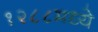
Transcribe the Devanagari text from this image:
१२८८मध्ये